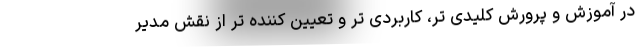
در آموزش و پرورش کلیدی تر، کاربردی تر و تعیین کننده تر از نقش مدیر